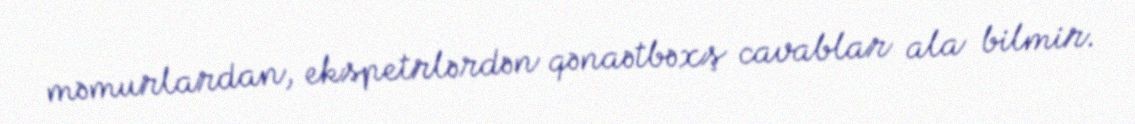
məmurlardan, ekspetrlərdən qənaətbəxş cavablar ala bilmir.